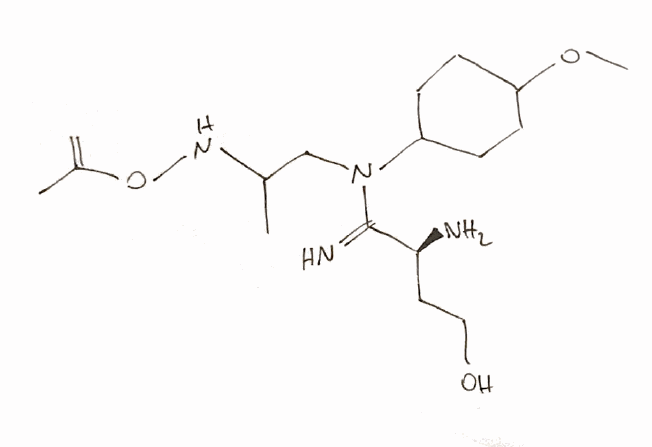
Simplified molecular-input line-entry system (SMILES) notation of the given molecule:
CC(CN(C1CCC(CC1)OC)C(=N)[C@H](CCO)N)NOC(=C)C